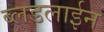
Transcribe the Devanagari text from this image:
ब्लडलाईन